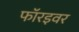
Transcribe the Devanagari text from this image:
फॉरइवर